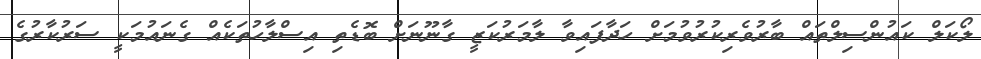
ލޯކަލް ކައުންސިލްތައް ބާރުވެރިކުރުވުމަށް ހަދާފައިވާ ލާމަރުކަޒީ ގާނޫނަށް ބޮޑެތި އިސްލާހުތަކެއް ގެނައުމަކީ ސަރުކާރުގެ